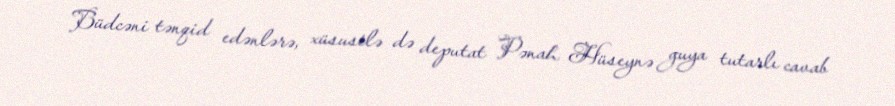
Büdcəni tənqid edənlərə, xüsusilə də deputat Pənah Hüseynə guya tutarlı cavab